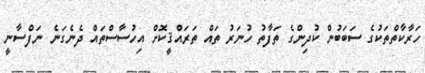
ހަރާކާތްތަކުގެ ސަބަބުން ކުދިންގެ ތަފާތު ހުނަރު ތައް ތަރައްޤީކޮށް އިހުސާސްތައް ދެނެގަނެ ނަފްސާނީ